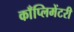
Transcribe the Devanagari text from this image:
काँप्लिमेंटरी